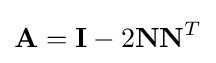
\mathbf {A} =\mathbf {I} -2\mathbf {NN} ^{T}